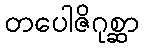
တပေါဇိဂုစ္ဆာ